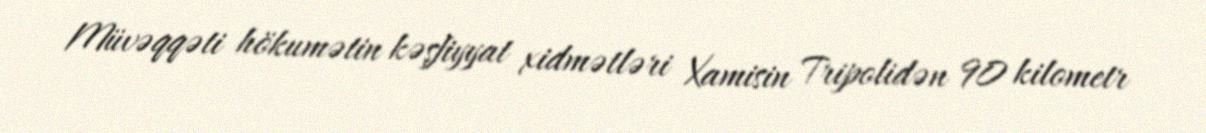
Müvəqqəti hökumətin kəşfiyyat xidmətləri Xamisin Tripolidən 90 kilometr